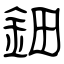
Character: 鈿